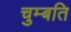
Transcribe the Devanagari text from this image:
चुम्बति